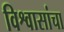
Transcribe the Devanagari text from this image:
विश्वासांचा